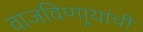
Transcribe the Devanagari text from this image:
वाजविणार्‍यांची